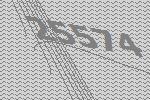
25574